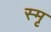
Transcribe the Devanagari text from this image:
स्मृ